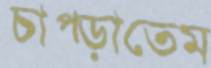
চাপ্‌ড়াতেম